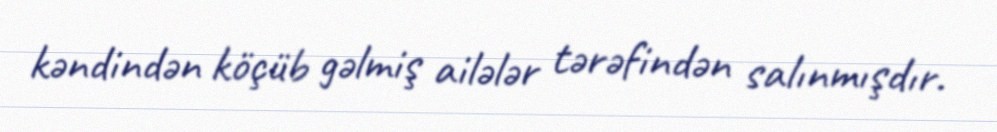
kəndindən köçüb gəlmiş ailələr tərəfindən salınmışdır.